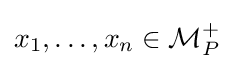
x_{1},\ldots ,x_{n}\in {\mathcal {M}}_{P}^{+}